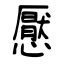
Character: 懕